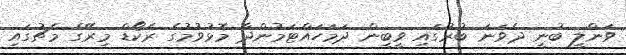
ވަންލީ ބުނީ ދެވަނަ ބުރުގައި ވީބީން ދަމަހައްޓަމުންދާ މޮޅުވުމުގެ ރެކޯޑް މިރޭގެ މެޗުގައި